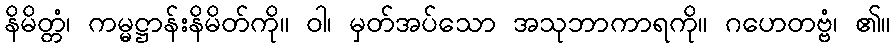
နိမိတ္တံ၊ ကမ္မဋ္ဌာန်းနိမိတ်ကို။ ဝါ၊ မှတ်အပ်သော အသုဘာကာရကို။ ဂဟေတဗ္ဗံ၊ ၏။